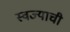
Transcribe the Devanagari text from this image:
स्वज्याची